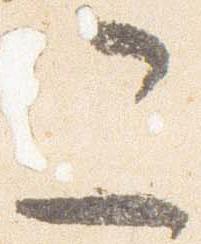
二